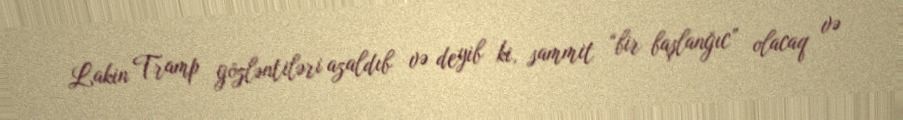
Lakin Tramp gözləntiləri azaldıb və deyib ki, sammit “bir başlanğıc” olacaq və